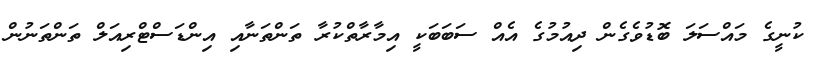
ކުނީގެ މައްސަލަ ބޮޑުވެގެން ދިއުމުގެ އެއް ސަބަބަކީ އިމާރާތްކުރާ ތަންތަނާއި އިންޑަސްޓްރިއަލް ތަންތަނުން